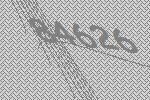
84626